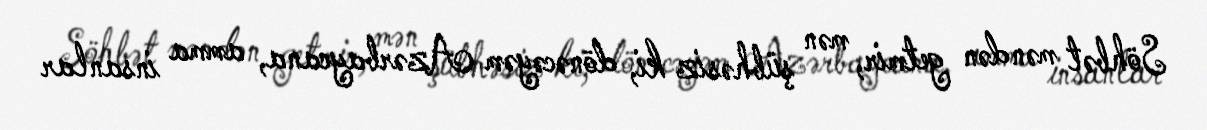
Söhbət məndən getmir, mən şübhəsiz ki, dönəcəyəm Azərbaycana, amma insanlar